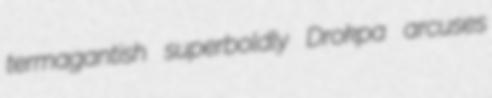
termagantish superboldly Drokpa arcuses